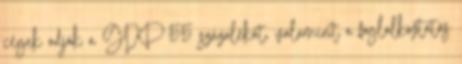
cégek adják a GDP 55 százalékát, valamint a foglalkoztatás